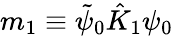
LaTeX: m_{1}\equiv\tilde{\psi}_{0}\hat{K}_{1}\psi_{0}